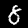
Digit: 8